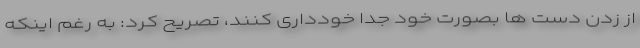
از زدن دست ها بصورت خود جداً خودداری کنند، تصریح کرد: به رغم اینکه